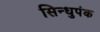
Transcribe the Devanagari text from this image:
सिन्धुपंक